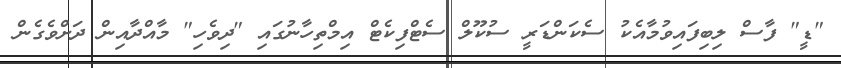
"ޑީ" ފާސް ލިބިފައިވުމާއެކު ސެކަންޑަރީ ސުކޫލް ސެޓްފިކެޓް އިމްތިހާނުގައި "ދިވެހި" މާއްދާއިން ދަށްވެގެން